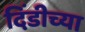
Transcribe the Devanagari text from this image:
दिंडीच्या